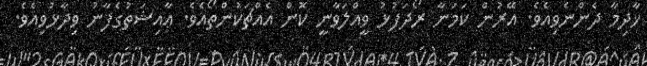
ޚާދިމާ ދެންނެވިއެވެ. އޭރުން ކަމަނާ ރޯދަފުޅު ވީއްލަވާނީ ކޮން އެއްޗަކުންތޯއެވެ. ޢާއިޝަތުގެފާނު ވިދާޅުވިއެވެ.